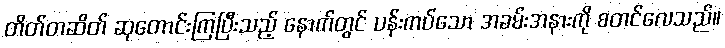
တိတ်တဆိတ် ဆုတောင်းကြပြီးသည့် နောက်တွင် ပန်းကပ်သော အခမ်းအနားကို စတင်လေသည်။